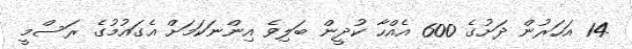
14 އަހަރުން ދަށުގެ 600 އެއްހާ ކުދީން ބަލިވެ އިންނަކަމަށް އެގައުމުގެ ރަސްމީ